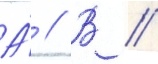
А́ // В //